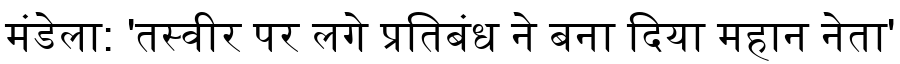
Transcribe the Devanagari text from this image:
मंडेला: 'तस्वीर पर लगे प्रतिबंध ने बना दिया महान नेता'